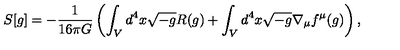
S [ g ] = - \frac { 1 } { 1 6 \pi G } \left( \int _ { V } d ^ { 4 } x \sqrt { - g } R ( g ) + \int _ { V } d ^ { 4 } x \sqrt { - g } \nabla _ { \mu } f ^ { \mu } ( g ) \right) ,